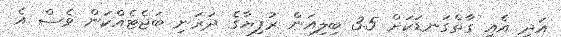
އަދި އެއީ ގާތްގަނޑަކަށް 3.5 ބިލިއަން ރުފިޔާގެ ދަރަނި ބަޖެޓެއްކަން ވެސް އެ